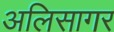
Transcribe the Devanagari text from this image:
अलिसागर